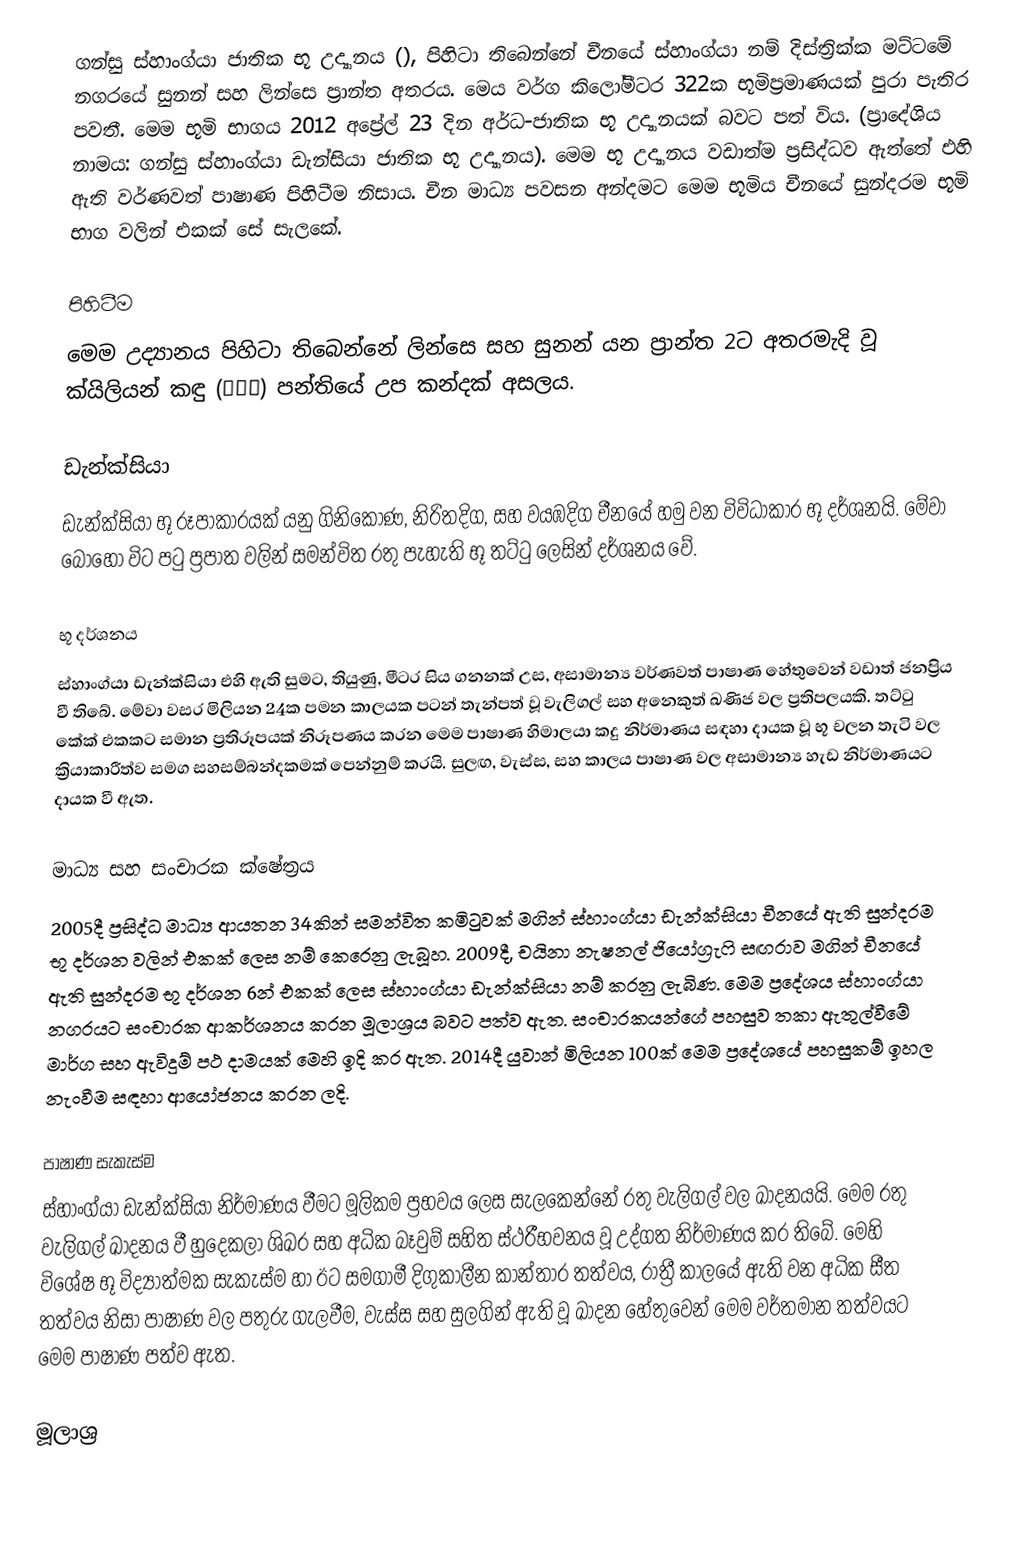
ගන්සු ස්හාංග්යා ජාතික භූ උද්‍යානය (), පිහිටා තිබෙන්නේ චීනයේ ස්හාංග්යා නම් දිස්ත්‍රික්ක මට්ටමේ නගරයේ සුනන් සහ ලින්සෙ ප්‍රාන්ත අතරය. මෙය වර්ග කිලෝමීටර 322ක භූමිප්‍රමාණයක් පුරා පැතිර පවතී. මෙම භූමි භාගය 2012 අප්‍රේල් 23 දින අර්ධ-ජාතික භූ උද්‍යානයක් බවට පත් විය. (ප්‍රාදේශිය නාමය: ගන්සු ස්හාංග්යා ඩැන්සියා ජාතික භූ උද්‍යානය). මෙම භූ උද්‍යානය වඩාත්ම ප්‍රසිද්ධව ඇත්තේ එහි ඇති වර්ණවත් පාෂාණ පිහිටීම නිසාය. චීන මාධ්‍ය පවසන අන්දමට මෙම භූමිය චීනයේ සුන්දරම භූමි භාග වලින් එකක් සේ සැලකේ.

පිහිටීම
මෙම උද්‍යානය පිහිටා තිබෙන්නේ ලින්සෙ සහ සුනන් යන ප්‍රාන්ත 2ට අතරමැදි වූ ක්යිලියන් කඳු (祁连山) පන්තියේ උප කන්දක් අසලය.

ඩැන්ක්සියා
ඩැන්ක්සියා භූ රූපාකාරයක් යනු ගිනිකොණ, නිරිතදිග, සහ වයඹදිග චීනයේ හමු වන විවිධාකාර භූ දර්ශනයි. මේවා බොහෝ විට පටු ප්‍රපාත වලින් සමන්විත රතු පැහැති භූ තට්ටු ලෙසින් දර්ශනය වේ.

භූ දර්ශනය
ස්හාංග්යා ඩැන්ක්සියා එහි ඇති සුමට, තියුණු, මීටර සිය ගනනක් උස, අසාමාන්‍ය වර්ණවත් පාෂාණ හේතුවෙන් වඩාත් ජනප්‍රිය වී තිබේ. මේවා වසර මිලියන 24ක පමන කාලයක පටන් තැන්පත් වූ වැලිගල් සහ අනෙකුත් ඛණිජ වල ප්‍රතිපලයකි. තට්ටු කේක්  එකකට සමාන ප්‍රතිරූපයක් නිරූපණය කරන මෙම පාෂාණ හිමාලයා කදු නිර්මාණය සඳහා දායක වූ භූ චලන තැටි වල ක්‍රියාකාරීත්ව සමග සහසම්බන්දකමක් පෙන්නුම් කරයි. සුලඟ, වැස්ස, සහ කාලය පාෂාණ වල අසාමාන්‍ය හැඩ නිර්මාණයට දායක වී ඇත.

මාධ්‍ය සහ සංචාරක ක්ෂේත්‍රය
2005දී ප්‍රසිද්ධ මාධ්‍ය ආයතන 34කින් සමන්විත කමිටුවක් මගින් ස්හාංග්යා ඩැන්ක්සියා චීනයේ ඇති සුන්දරම භූ දර්ශන වලින් එකක් ලෙස නම් කෙරෙනු ලැබූහ. 2009දී, චයිනා නැෂනල් ජියෝග්‍රැෆි සඟරාව මගින් චීනයේ ඇති සුන්දරම භූ දර්ශන 6න් එකක් ලෙස ස්හාංග්යා ඩැන්ක්සියා නම් කරනු ලැබිණ. මෙම ප්‍රදේශය ස්හාංග්යා නගරයට සංචාරක ආකර්ශනය කරන මූලාශ්‍රය බවට පත්ව ඇත. සංචාරකයන්ගේ පහසුව තකා ඇතුල්වීමේ මාර්ග සහ ඇවිදුම් පථ දාමයක් මෙහි ඉදි කර ඇත. 2014දී යුවාන් මිලියන 100ක් මෙම ප්‍රදේශයේ පහසුකම් ඉහල නැංවීම සඳහා ආයෝජනය කරන ලදි.

පාෂාණ සැකැස්ම
ස්හාංග්යා ඩැන්ක්සියා නිර්මාණය වීමට මූලිකම ප්‍රභවය ලෙස සැලකෙන්නේ රතු වැලිගල් වල ඛාදනයයි. මෙම රතු වැලිගල් ඛාදනය වී හුදෙකලා ශිඛර සහ අධික බෑවුම් සහිත ස්ථරීභවනය වූ උද්ගත නිර්මාණය කර තිබේ. මෙහි විශේෂ භූ විද්‍යාත්මක සැකැස්ම හා ඊට සමගාමී දිගුකාලීන කාන්තාර තත්වය, රාත්‍රී කාලයේ ඇති වන අධික සීත තත්වය නිසා පාෂාණ වල පතුරු ගැලවීම, වැස්ස සහ සුලගින් ඇති වූ ඛාදන හේතුවෙන් මෙම වර්තමාන තත්වයට මෙම පාෂාණ පත්ව ඇත.

මූලාශ්‍ර